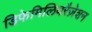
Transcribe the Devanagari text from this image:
डिफेमिलियरैज़ेशन